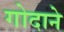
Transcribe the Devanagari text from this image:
गोदाने